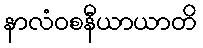
နာလံဝစနီယာယာတိ